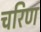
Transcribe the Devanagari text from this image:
चरिण